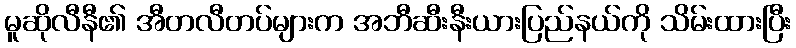
မူဆိုလီနီ၏ အီတလီတပ်များက အဘီဆီးနီးယားပြည်နယ်ကို သိမ်းထားပြီး